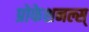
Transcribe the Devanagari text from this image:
प्रोफेशनल्स्